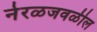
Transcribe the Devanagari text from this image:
नेरळजवळील